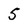
Character: 5